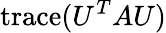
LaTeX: \mathrm{trace}(U^{T}AU)